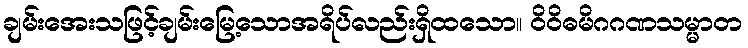
ချမ်းအေးသဖြင့်ချမ်းမြေ့သောအရိပ်လည်းရှိထသော။ ဝိဝိဓမိဂဂဏသမ္မာတ